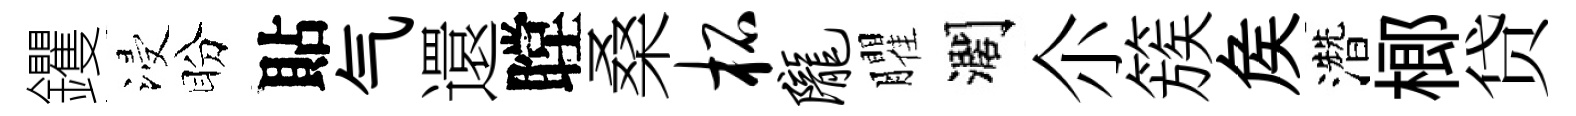
钁浸盼貼气還瞠桑柘陇臞濶尒簇矦濳榔贷